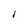
Character: I